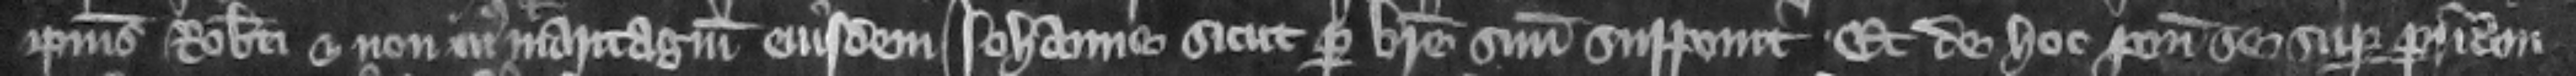
ipsius Roberti et non jus et maritagium eiusdem Iohanne sicut per breue suum supponit. Et de hoc ponit se super patriam.